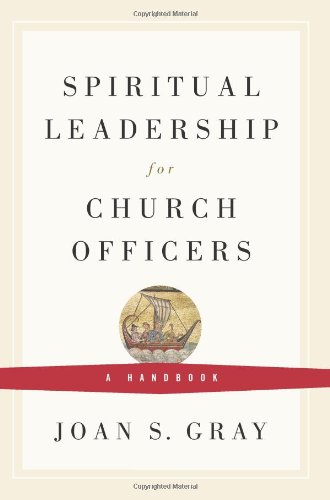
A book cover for Spiritual Leadership for Church Officers: A Handbook; Joan S. Gray; Christian Books & Bibles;